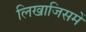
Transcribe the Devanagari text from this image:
लिखाजिसमें